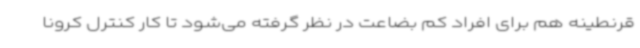
قرنطینه هم برای افراد کم بضاعت در نظر گرفته می‌شود تا کار کنترل کرونا